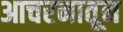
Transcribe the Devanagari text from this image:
आचरनातून